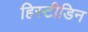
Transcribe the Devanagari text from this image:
हिस्टीडिन